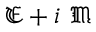
{ \mathfrak { E } } + i \ { \mathfrak { M } }